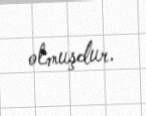
olmuşdur.